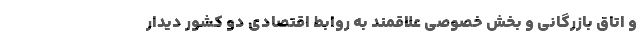
و اتاق بازرگانی و بخش خصوصی علاقمند به روابط اقتصادی دو کشور دیدار